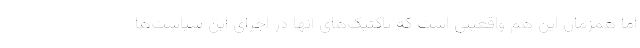
اما همزمان این هم واقعیتی است که تاکتیک‌های آنها در اجرای این سیاست‌ها